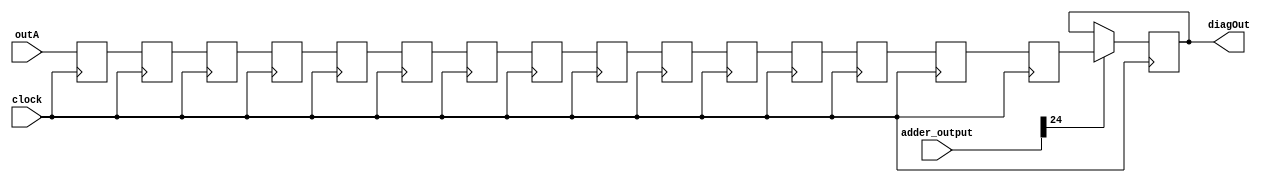
module syncDiagonal (clock, outA, diagOut, adder_output);

input         clock;
input [47:0]  outA;
input [24:0]  adder_output;

output [47:0] diagOut;
reg    [47:0] diagOut;

reg [47:0] d1,d2,d3,d4,d5,d6,d7,d8,d9,d10,d11,d12,d13,d14,d15;

always@(posedge clock)
begin
	d1 <= outA;
	d2 <= d1;
	d3 <= d2;
	d4 <= d3;
	d5 <= d4;
	d6 <= d5;
	d7 <= d6;
	d8 <= d7;
	d9 <= d8;
	d10 <= d9;
	d11 <= d10;
	d12 <= d11;
	//if (mult_output[48:24] == 25'b0)
	//begin
	//	d40 <= d12;
		d13 <= d12;
	//end
	//else
	d13 <= d12;
	
	d14 <= d13;
	d15 <= d14;


	if (adder_output[24])
	begin
		diagOut <= d15;
		
	end
end

endmodule